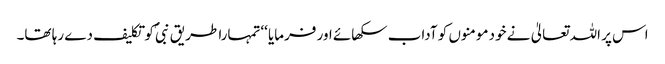
اس پر اللہ تعالیٰ نے خود مومنوں کو آداب سکھائے اور فرمایا ‘‘تمہارا طریق نبیؐ کو تکلیف دے رہا تھا۔